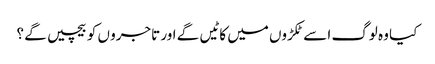
کیا وہ لوگ ا سے ٹکڑوں میں کا ٹیں گے اور تاجرو ں کو بیچیں گے ؟